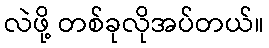
လဲဖို့ တစ်ခုလိုအပ်တယ်။